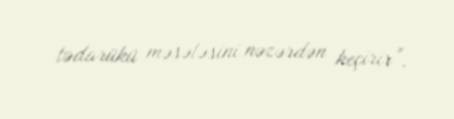
tədarükü məsələsini nəzərdən keçirir”.